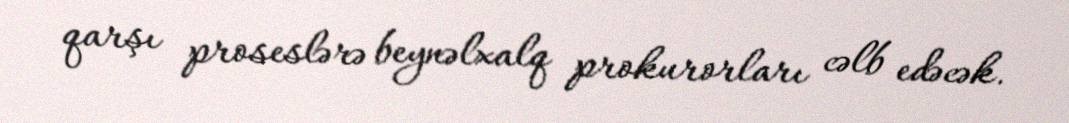
qarşı proseslərə beynəlxalq prokurorları cəlb edəcək.